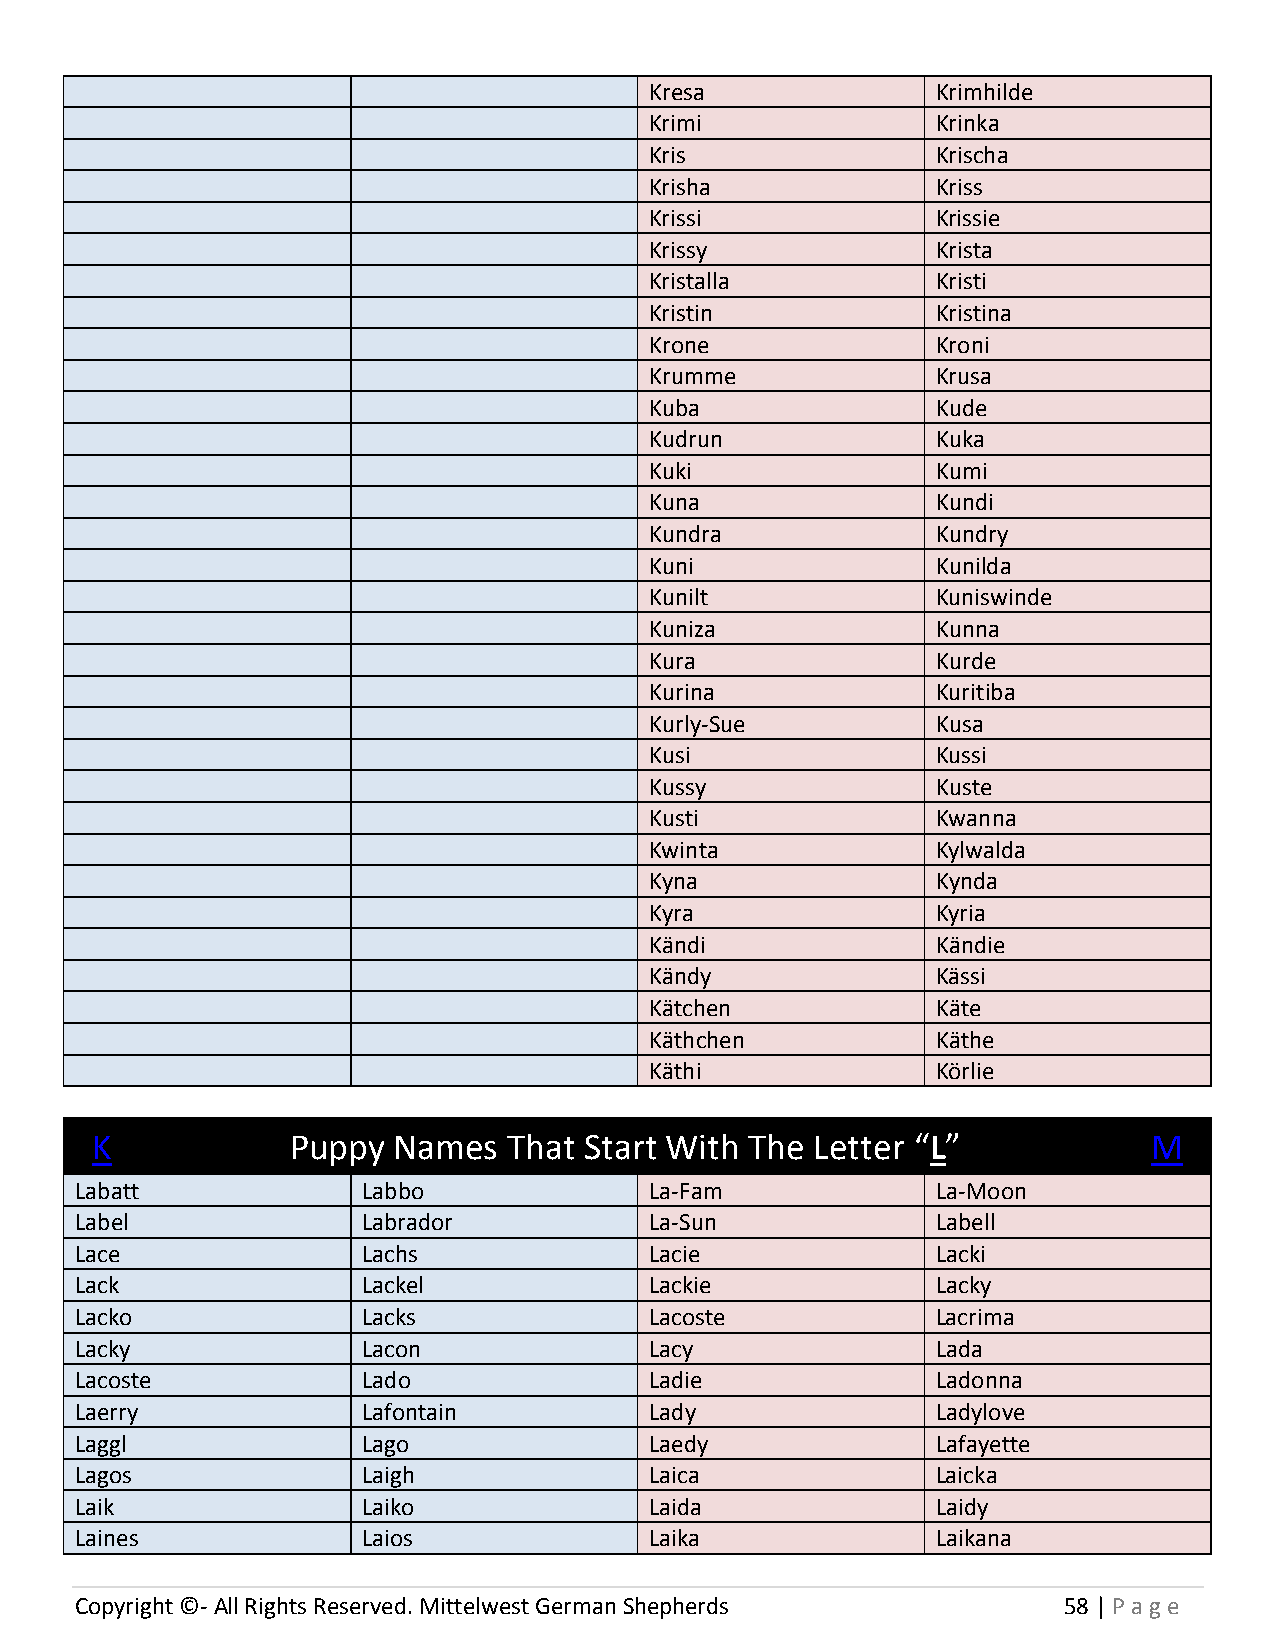
Kresa              Krimhilde
 Krimi              Krinka
 Kris               Krischa
 Krisha             Kriss
 Krissi             Krissie
 Krissy             Krista
 Kristalla          Kristi
 Kristin            Kristina
 Krone              Kroni
 Krumme             Krusa
 Kuba               Kude
 Kudrun             Kuka
 Kuki               Kumi
 Kuna               Kundi
 Kundra             Kundry
 Kuni               Kunilda
 Kunilt             Kuniswinde
 Kuniza             Kunna
 Kura               Kurde
 Kurina             Kuritiba
 Kurly-Sue          Kusa
 Kusi               Kussi
 Kussy              Kuste
 Kusti              Kwanna
 Kwinta             Kylwalda
 Kyna               Kynda
 Kyra               Kyria
 Kändi              Kändie
 Kändy              Kässi
 Kätchen            Käte
 Käthchen           Käthe
 Käthi              Körlie
 K            Puppy  Names   That Start With The Letter “L”            M
 Labatt             Labbo              La-Fam             La-Moon
 Label              Labrador           La-Sun             Labell
 Lace               Lachs              Lacie              Lacki
 Lack               Lackel             Lackie             Lacky
 Lacko              Lacks              Lacoste            Lacrima
 Lacky              Lacon              Lacy               Lada
 Lacoste            Lado               Ladie              Ladonna
 Laerry             Lafontain          Lady               Ladylove
 Laggl              Lago               Laedy              Lafayette
 Lagos              Laigh              Laica              Laicka
 Laik               Laiko              Laida              Laidy
 Laines             Laios              Laika              Laikana
 Copyright ©- All Rights Reserved. Mittelwest German Shepherds    58 | P age